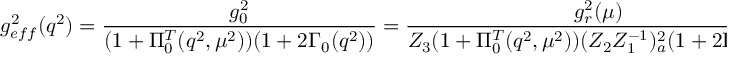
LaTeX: g _ { e f f } ^ { 2 } ( q ^ { 2 } ) = \frac { g _ { 0 } ^ { 2 } } { ( 1 + \Pi _ { 0 } ^ { T } ( q ^ { 2 } , \mu ^ { 2 } ) ) ( 1 + 2 \Gamma _ { 0 } ( q ^ { 2 } ) ) } = \frac { g _ { r } ^ { 2 } ( \mu ) } { Z _ { 3 } ( 1 + \Pi _ { 0 } ^ { T } ( q ^ { 2 } , \mu ^ { 2 } ) ) ( Z _ { 2 } Z _ { 1 } ^ { - 1 } ) _ { a } ^ { 2 } ( 1 + 2 \Gamma _ { 0 } ( q ^ { 2 } ) ) } \, ,